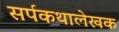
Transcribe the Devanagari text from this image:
सर्पकथालेखक